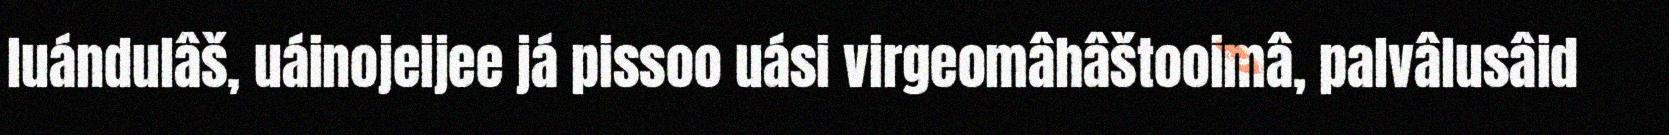
luándulâš, uáinojeijee já pissoo uási virgeomâhâštooimâ, palvâlusâid